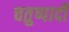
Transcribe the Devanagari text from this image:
चतुष्पादी